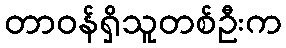
တာဝန်ရှိသူတစ်ဦးက